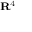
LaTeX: \scriptstyle \mathbf { R } ^ { 4 }